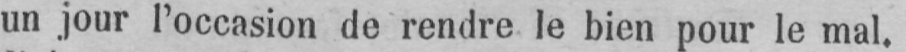
un jour l’occasion de rendre le bien pour le mal.